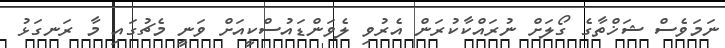
ނަމަވެސް ޝަޚްތާގެ ގޯލަށް ނުރައްކާކުރަން އެރުވި ލެވަންޑައުސްކީއަށް ވަނީ މެޗުގައި މާ ރަނގަޅު